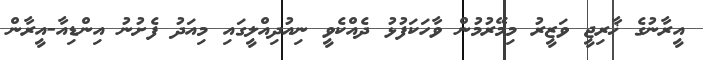
އީރާނުގެ ޚާރިޖީ ވަޒީރު މިމޭރުމުން ވާހަކަފުޅު ދެއްކެވީ ނިއުދިއްލީގައި މިއަދު ފެށުނު އިންޑިއާ-އީރާން